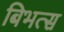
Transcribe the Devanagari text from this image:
बिभत्स